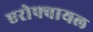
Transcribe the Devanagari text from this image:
एरोफ्वायल